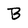
Character: B